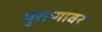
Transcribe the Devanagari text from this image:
पुराणावर